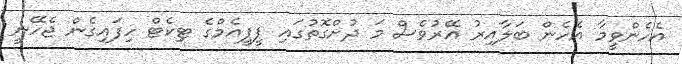
އެހެންވީމާ އެހެން ބަލާއިރު އޭރުވެސް މަ ދުށްގޮތުގައި ޕީޕީއެމްގެ ޓިކެޓް ހިފައިގެން ޖެހޭނީ